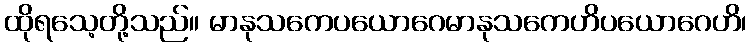
ထိုရသေ့တို့သည်။ မာနုသကေပယောဂေမာနုသကေဟိပယောဂေဟိ၊